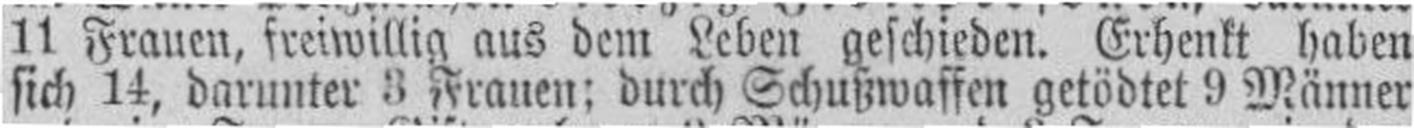
sich 14, darunter 3 Frauen; durch Schußwaffen getödtet 9 Männer